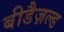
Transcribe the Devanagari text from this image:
बीडैज़ल्ड